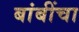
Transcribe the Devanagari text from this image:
बांबींचा